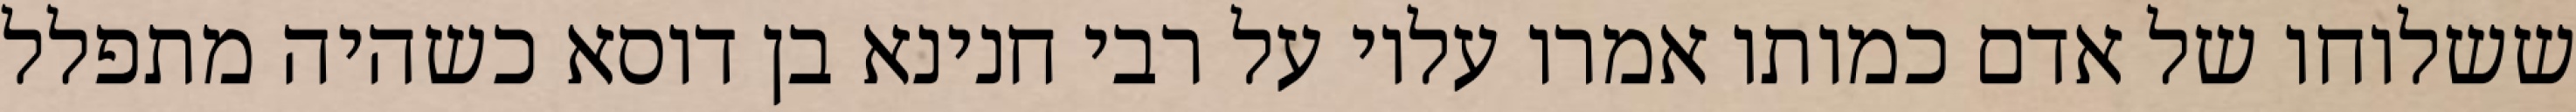
ששלוחו של אדם כמותו אמרו עליו על רבי חנינא בן דוסא כשהיה מתפלל